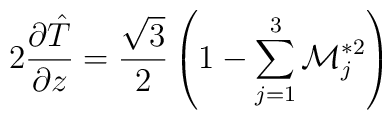
2 {\partial \hat T \over \partial z} = {\sqrt{3} \over 2}\left( 1 - \sum_{j=1}^3{\cal M}_j^{*2}\right)